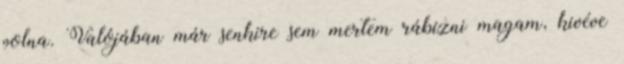
volna. Valójában már senkire sem mertem rábízni magam, kivéve